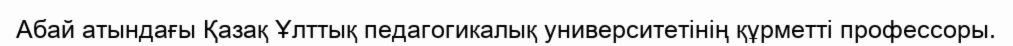
Абай атындағы Қазақ Ұлттық педагогикалық университетінің құрметті профессоры.